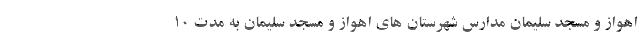
اهواز و مسجد سلیمان مدارس شهرستان های اهواز و مسجد سلیمان به مدت ۱۰